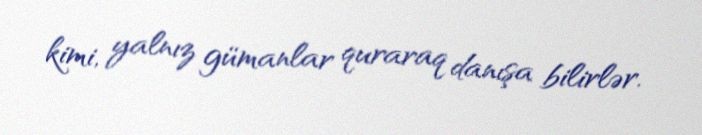
kimi, yalnız gümanlar quraraq danışa bilirlər.